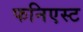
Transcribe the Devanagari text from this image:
फनिएस्ट